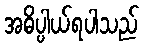
အဓိပ္ပါယ်ရပါသည်